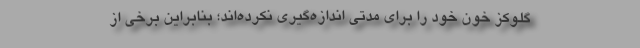
گلوکز خون خود را برای مدتی اندازه‌گیری نکرده‌اند؛ بنابراین برخی از